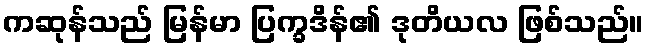
ကဆုန်သည် မြန်မာ ပြက္ခဒိန်၏ ဒုတိယလ ဖြစ်သည်။